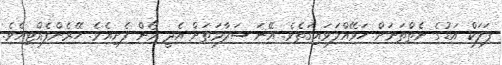
ފަލަކް އަޑުގެ ނެތްތަނަށް ހަޅޭއްލަވައިގަތެވެ. އޭނަ ސަލާމަތަށް އެދީ ރޯން ފެށިއެވެ. ހޭރެންފެއްޓިއެވެ.